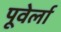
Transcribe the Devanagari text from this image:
पूवेर्ला